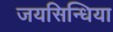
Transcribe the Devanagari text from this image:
जयसिन्धिया